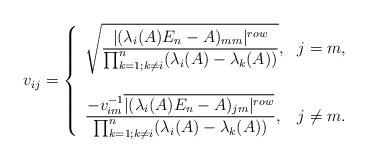
LaTeX: \begin{align*}v_{ij}=\left\{\begin{array}{ll}\displaystyle\sqrt{\frac{|(\lambda_i(A)E_n-A)_{mm}|^{row}}{\prod_{k=1;k\ne i}^n(\lambda_i(A)-\lambda_k(A))}},& j=m,\\&\\\displaystyle\frac{-v_{im}^{-1}\overline{|(\lambda_i(A)E_n-A)_{jm}|^{row}}}{\prod_{k=1; k\ne i}^n(\lambda_i(A)-\lambda_k(A))},& j\ne m.\end{array}\right.\end{align*}